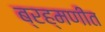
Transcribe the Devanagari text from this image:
ब्रह्मणीत